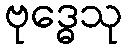
ဗုဒ္ဓေသု